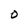
Character: O